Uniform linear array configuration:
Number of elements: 8
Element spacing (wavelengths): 0.5
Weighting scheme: hann
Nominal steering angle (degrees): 15
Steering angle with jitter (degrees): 15.483
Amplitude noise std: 0.05
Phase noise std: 0.05

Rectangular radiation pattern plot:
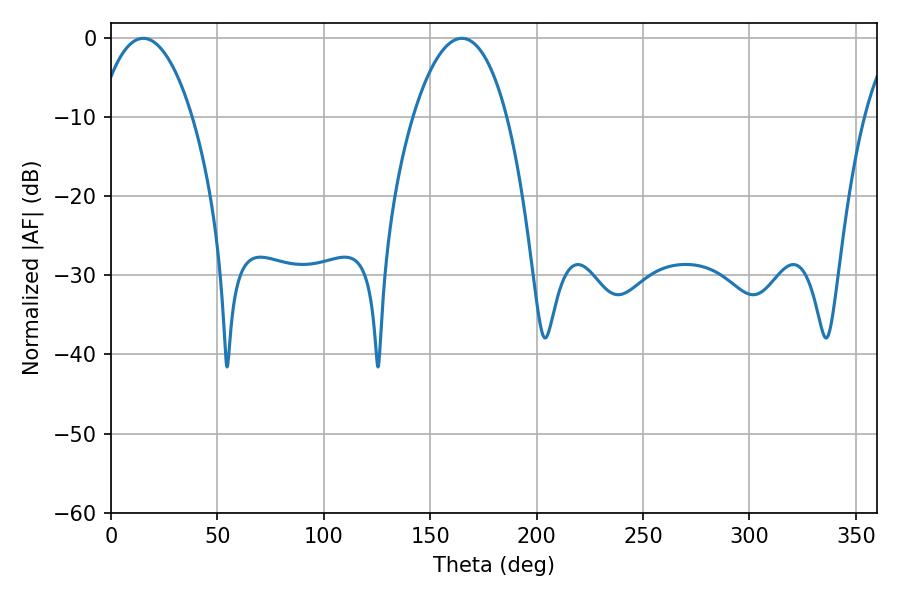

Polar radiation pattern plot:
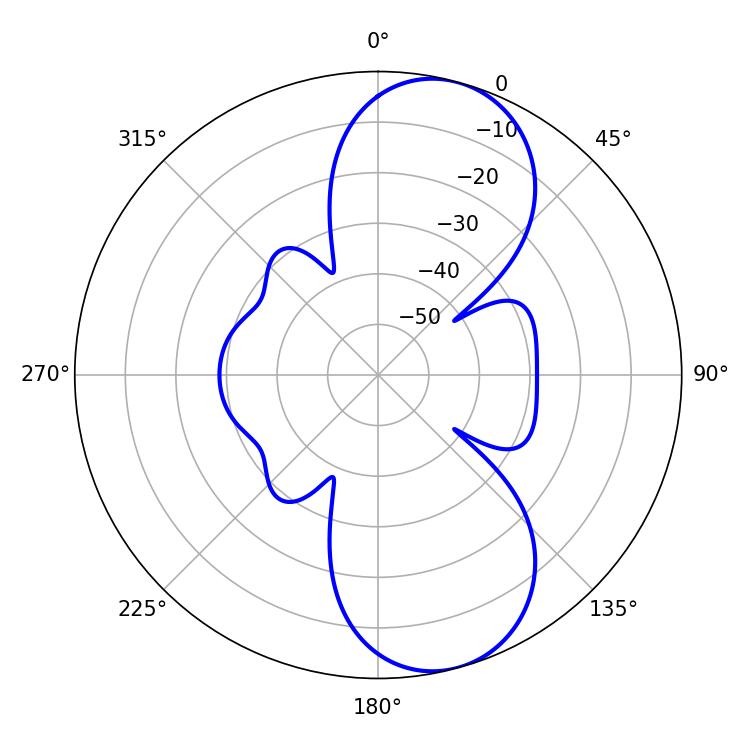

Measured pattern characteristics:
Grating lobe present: FALSE
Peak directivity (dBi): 9.158
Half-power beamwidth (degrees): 24.66
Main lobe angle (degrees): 15.12